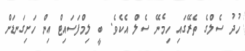
ހުދު ސެލްގެ ތެރޭގައި ހިމެނޭ ސެލް އެކެވެ. ބީ ލިމްފަސައިޓް އިން ހަށިގަނޑަށް